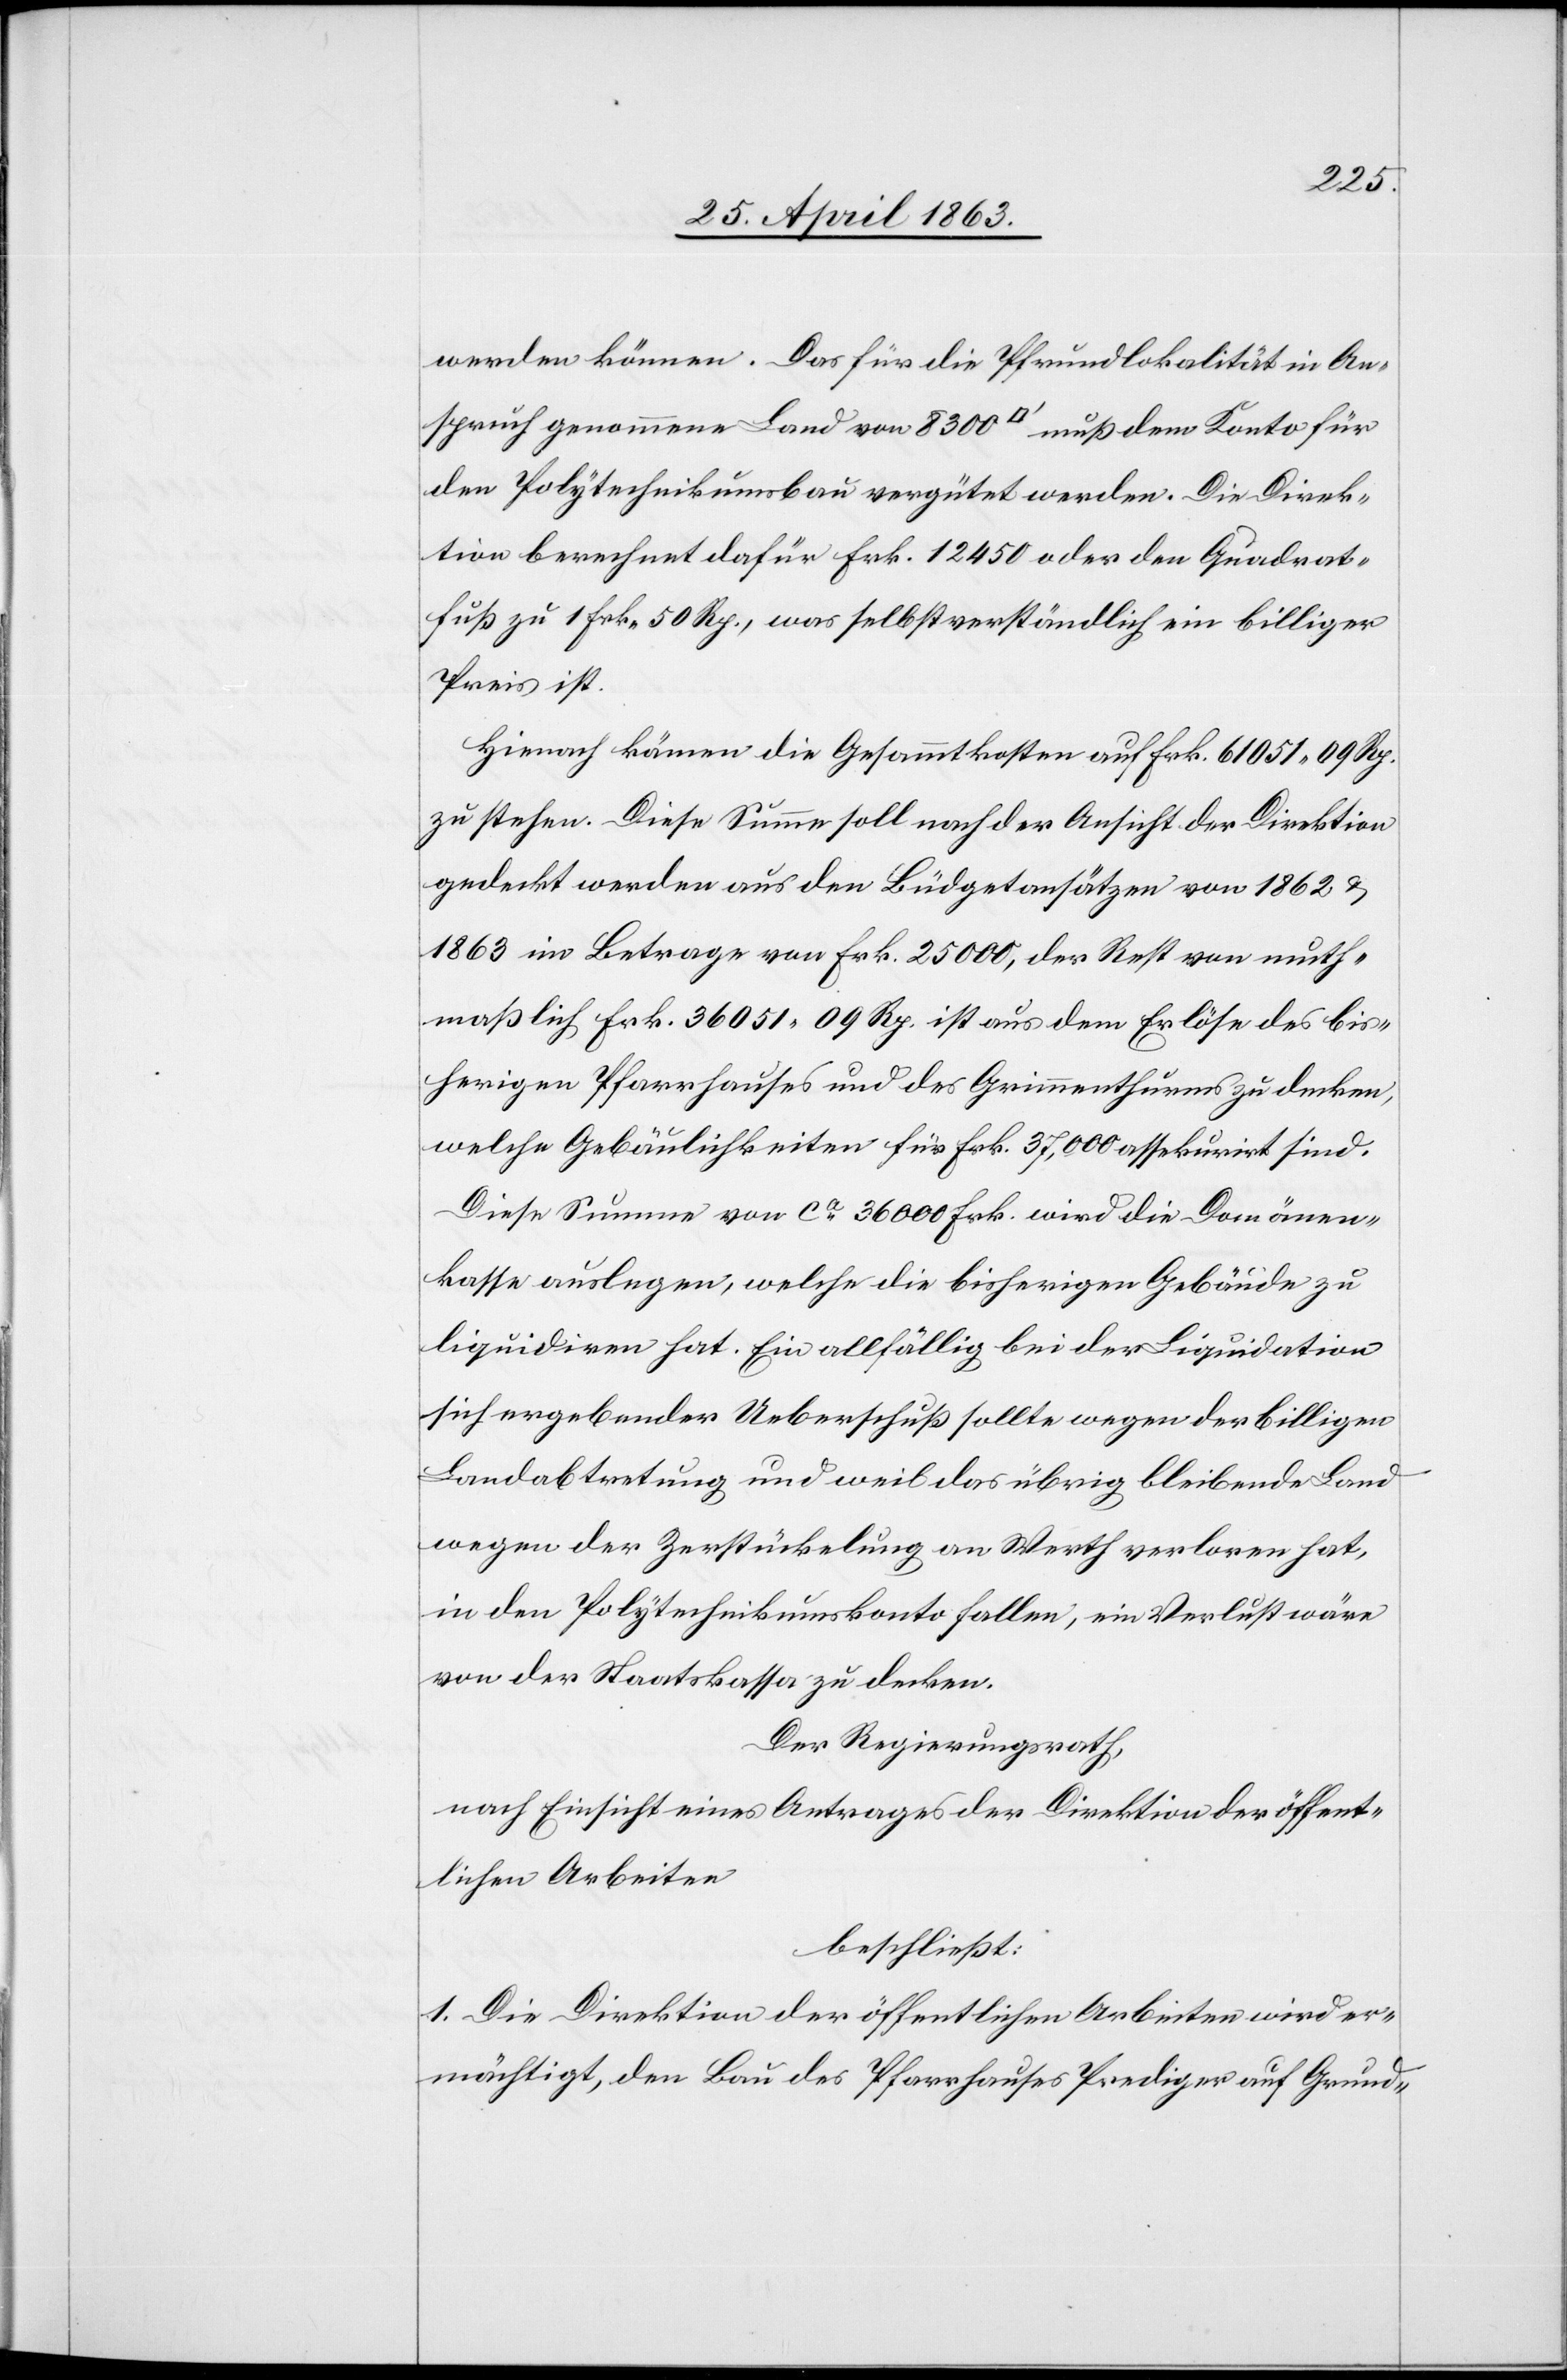
werden können. Das für die Pfrundlokalität in An¬
spruch genommene Land von 8300 [Quadratfuss] muß dem Konto für
den Polytechnikumsbau vergütet werden. Die Direk¬
tion berechnet dafür Frk. 12 450 oder den Quadrat¬
fuß zu 1 Frk. 50 Rp., was selbstverständlich ein billiger
Preis ist.
Hienach kämen die Gesammtkosten auf Frk. 61 051. 09 Rp.
zu stehen. Diese Summe soll nach der Ansicht der Direktion
gedeckt werden aus den Büdgetansätzen von 1862 &
1863 im Betrage von Frk. 25 000, der Rest von muth¬
maßlich Frk. 36 051. 09 Rp. ist aus dem Erlöse des bis¬
herigen Pfarrhauses und des Grimmenthurms zu decken,
welche Gebäulichkeiten für Frk. 37,000 assekurirt sind.
Diese Summe von ca 36 000 Frk. wird die Domänen¬
kasse auslegen, welche die bisherigen Gebäude zu
liquidiren hat. Ein allfällig bei der Liquidation
sich ergebender Ueberschuß sollte wegen der billigen
Landabtretung und weil das übrig bleibende Land
wegen der Zerstückelung an Werth verloren hat,
in den Polytechnikumskonto fallen, ein Verlust wäre
von der Staatskassa zu decken.
Der Regierungsrath,
nach Einsicht eines Antrages der Direktion der öffent¬
lichen Arbeiten
beschließt:
1. Die Direktion der öffentlichen Arbeiten wird er¬
mächtigt, den Bau des Pfarrhauses Prediger auf Grund-